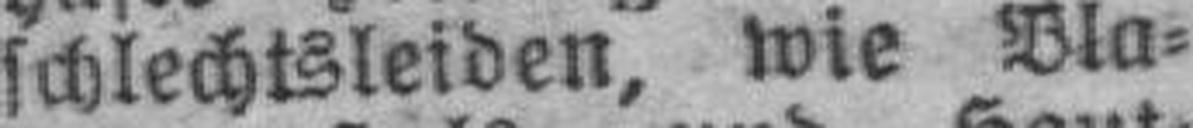
schlechtsleiden, wie Bla¬